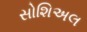
સોશિઅલ